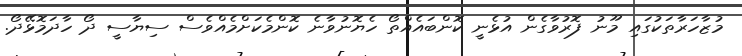
މުޒާހަރާތަކުގައި މޫނު ފޮރުވާގެން އުޅެނީ ކޮންބައެއްތޯ ހެޔޮނުވާނެ ކޮންމެކަށްމެއްވެސް ސިޔާސީ ދޯ ހާދަމޮޅޭދޯ.